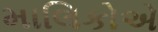
માલિકોએ